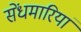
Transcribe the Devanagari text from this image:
सेंधमारियां